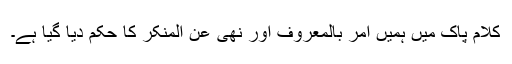
کلام پاک میں ہمیں امر بالمعروف اور نھی عن المنکر کا حکم دیا گیا ہے۔